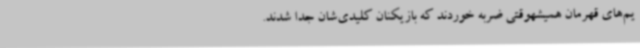
یم‌های قهرمان همیشهوقتی ضربه خوردند که بازیکنان کلیدی‌شان جدا شدند.